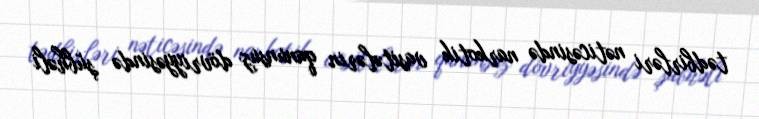
tədbirləri nəticəsində narkotik vasitələrin qanunsuz dövriyyəsində şübhəli